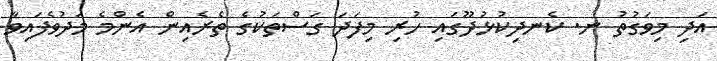
އަދި މިވަގުތު ނ. ކެނދިކުޅުދޫގައި ހުރި މިފަދަ ގަސްތަކުގެ ތެރެއިން އެންމެ މަދުވެފައިވާ